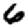
Digit: 6